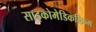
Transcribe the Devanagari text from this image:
साइकोमेडिकलिज्म